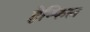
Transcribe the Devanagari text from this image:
हेम्फिल